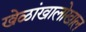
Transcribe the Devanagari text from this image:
खेळांखालोखाल